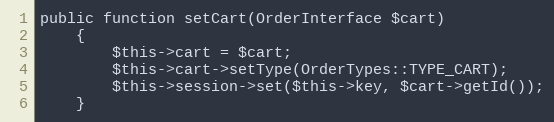
Language: PHP
public function setCart(OrderInterface $cart)
    {
        $this->cart = $cart;
        $this->cart->setType(OrderTypes::TYPE_CART);
        $this->session->set($this->key, $cart->getId());
    }